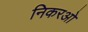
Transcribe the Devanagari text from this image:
निकरओ